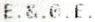
E.&.0.E.